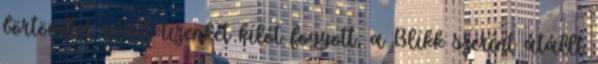
börtönélet alatt tizenkét kilót fogyott, a Blikk szerint átállt